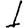
Digit: 1